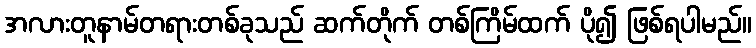
အလားတူနာမ်တရားတစ်ခုသည် ဆက်တိုက် တစ်ကြိမ်ထက် ပို၍ ဖြစ်ရပါမည်။